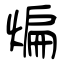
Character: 煸